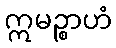
ဣမဉ္စာဟံ